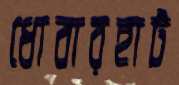
ধোবারহাট